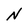
Character: N